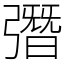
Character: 㣅